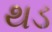
થડ